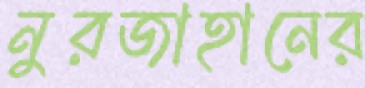
নুরজাহানের